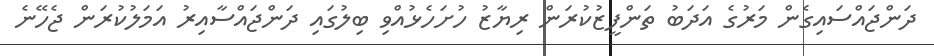
ދަންޖައްސައިގެން މަރުގެ އަދަބު ތަންފީޒުކުރަން ރިޔާޒު ހުށަހެޅުއްވި ބިލުގައި ދަންޖައްސާއިރު އަމަލުކުރަން ޖެހޭނެ